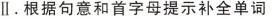
Ⅱ.根据句意和首字母提示补全单词